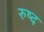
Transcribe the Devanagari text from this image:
रुष्द